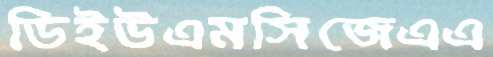
ডিইউএমসিজেএএ